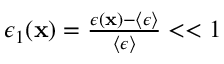
\begin{array} { r } { \epsilon _ { 1 } ( { \bf x } ) = \frac { \epsilon ( { \bf x } ) - \left\langle \epsilon \right\rangle } { \left\langle \epsilon \right\rangle } < < 1 } \end{array}